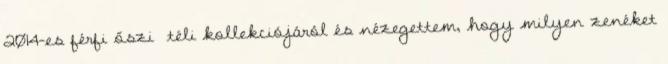
2014-es férfi őszi téli kollekciójáról és nézegettem, hogy milyen zenéket